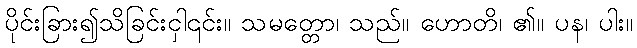
ပိုင်းခြား၍သိခြင်းငှါ၎င်း။ သမတ္တော၊ သည်။ ဟောတိ၊ ၏။ ပန၊ ပါး။